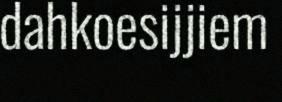
dahkoesijjiem